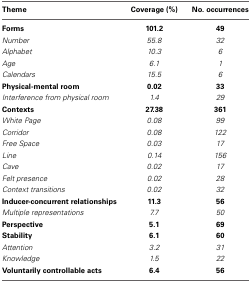
| Theme | Coverage (%) | No. occurrences |
 | --- | --- | --- |
 | Forms | 101.2 | 49 |
 | Number | 55.8 | 32 |
 | Alphabet | 10.3 | 6 |
 | Age | 6.1 | 1 |
 | Calendars | 15.5 | 6 |
 | Physical-mental room | 0.02 | 33 |
 | Interference from physical room | 1.4 | 29 |
 | Contexts | 27.38 | 361 |
 | White Page | 0.08 | 99 |
 | Corridor | 0.08 | 122 |
 | Free Space | 0.03 | 17 |
 | Line | 0.14 | 156 |
 | Cave | 0.02 | 17 |
 | Felt presence | 0.02 | 28 |
 | Context transitions | 0.02 | 32 |
 | Inducer-concurrent relationships | 11.3 | 56 |
 | Multiple representations | 7.7 | 50 |
 | Perspective | 5.1 | 69 |
 | Stability | 6.1 | 60 |
 | Attention | 3.2 | 31 |
 | Knowledge | 1.5 | 22 |
 | Voluntarily controllable acts | 6.4 | 56 |